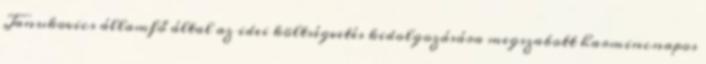
Janukovics államfő által az idei költségvetés kidolgozására megszabott harmincnapos